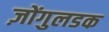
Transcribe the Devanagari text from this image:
ज़ोंगुलडक